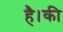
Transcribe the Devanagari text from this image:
है।की